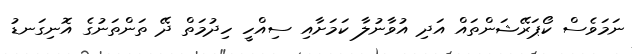
ނަމަވެސް ކޯޕަރޭޝަންތައް އަދި އުވާނުލާ ކަމަށާއި ސިއްހީ ހިދުމަތް ދޭ ތަންތަނުގެ އޮނިގަނޑު